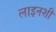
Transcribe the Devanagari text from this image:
लाइनशी